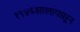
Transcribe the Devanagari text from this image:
१९४६सालापासून